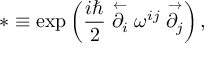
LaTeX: * \equiv \exp \left( \frac { i \hbar } { 2 } \stackrel { \leftarrow } { \partial _ { i } } \omega ^ { i j } \stackrel { \rightarrow } { \partial _ { j } } \right) ,